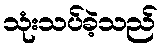
သုံးသပ်ခဲ့သည်